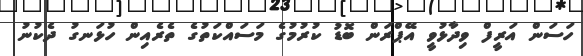
ހަސަން އަރީފް ވިދާޅުވީ އޭޕްރަން ބޮޑު ކުރުމުގެ މަސައްކަތުގެ ތެރެއިން ހުޅަނގު ދެކުނު